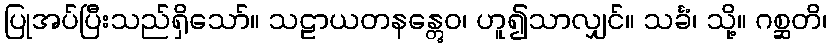
ပြုအပ်ပြီးသည်ရှိသော်။ သဠာယတနန္တွေဝ၊ ဟူ၍သာလျှင်။ သင်္ခံ၊ သို့။ ဂစ္ဆတိ၊